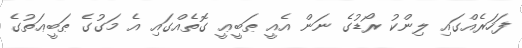
ފަހަރެއްގައި ލިންކު ރޯޑުގެ ނަން އެއީ ޠަބީޢީ ގޮތެއްގައި އެ މަގުގެ ޠަބީޢަތުގެ